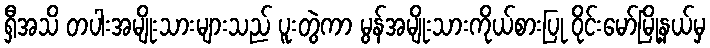
ရှီအသိ တပါးအမျိုးသားများသည် ပူးတွဲကာ မွန်အမျိုးသားကိုယ်စားပြု ဝိုင်းမော်မြို့နယ်မှ